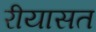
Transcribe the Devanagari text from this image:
रीयासत